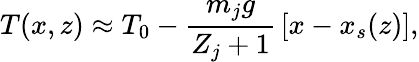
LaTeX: T(x,z)\approx T_{0}-{\frac{m_{j}g}{Z_{j}+1}}\left[x-x_{s}(z)\right],